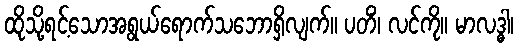
ထိုသို့ရင့်သောအရွယ်ရောက်သဘောရှိလျက်။ ပတိံ၊ လင်ကို။ မာလဒ္ဓါ၊